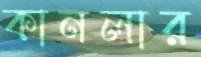
কানলার